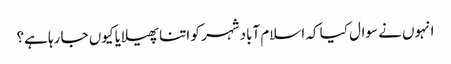
انہوں نے سوال کیا کہ اسلام آباد شہر کو اتنا پھیلایا کیوں جا رہا ہے؟